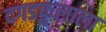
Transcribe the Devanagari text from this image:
दगडफुलाला